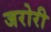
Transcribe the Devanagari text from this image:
जरोरी